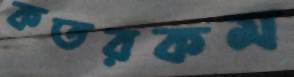
কতরকম